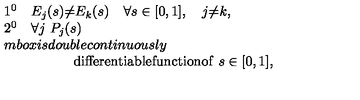
\begin{array} { l } { 1 ^ { 0 } \quad E _ { j } ( s ) { \neq } E _ { k } ( s ) \quad \forall s \in [ 0 , 1 ] , \quad j { \neq } k , } \\ { 2 ^ { 0 } \quad \forall j \ P _ { j } ( s ) } \\ { m b o x { i s d o u b l e c o n t i n u o u s l y } } \\ { \qquad \qquad \quad \mathrm { d i f f e r e n t i a b l e f u n c t i o n o f } \ s \in [ 0 , 1 ] , } \\ \end{array}